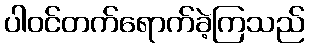
ပါဝင်တက်ရောက်ခဲ့ကြသည်